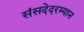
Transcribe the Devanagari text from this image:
संसदेदरम्यान